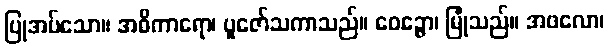
ပြုအပ်သော။ အဓိကာရော၊ ပူဇော်သကာသည်။ ဝေဉ္ဇော၊ မြုံသည်။ အဖလော၊